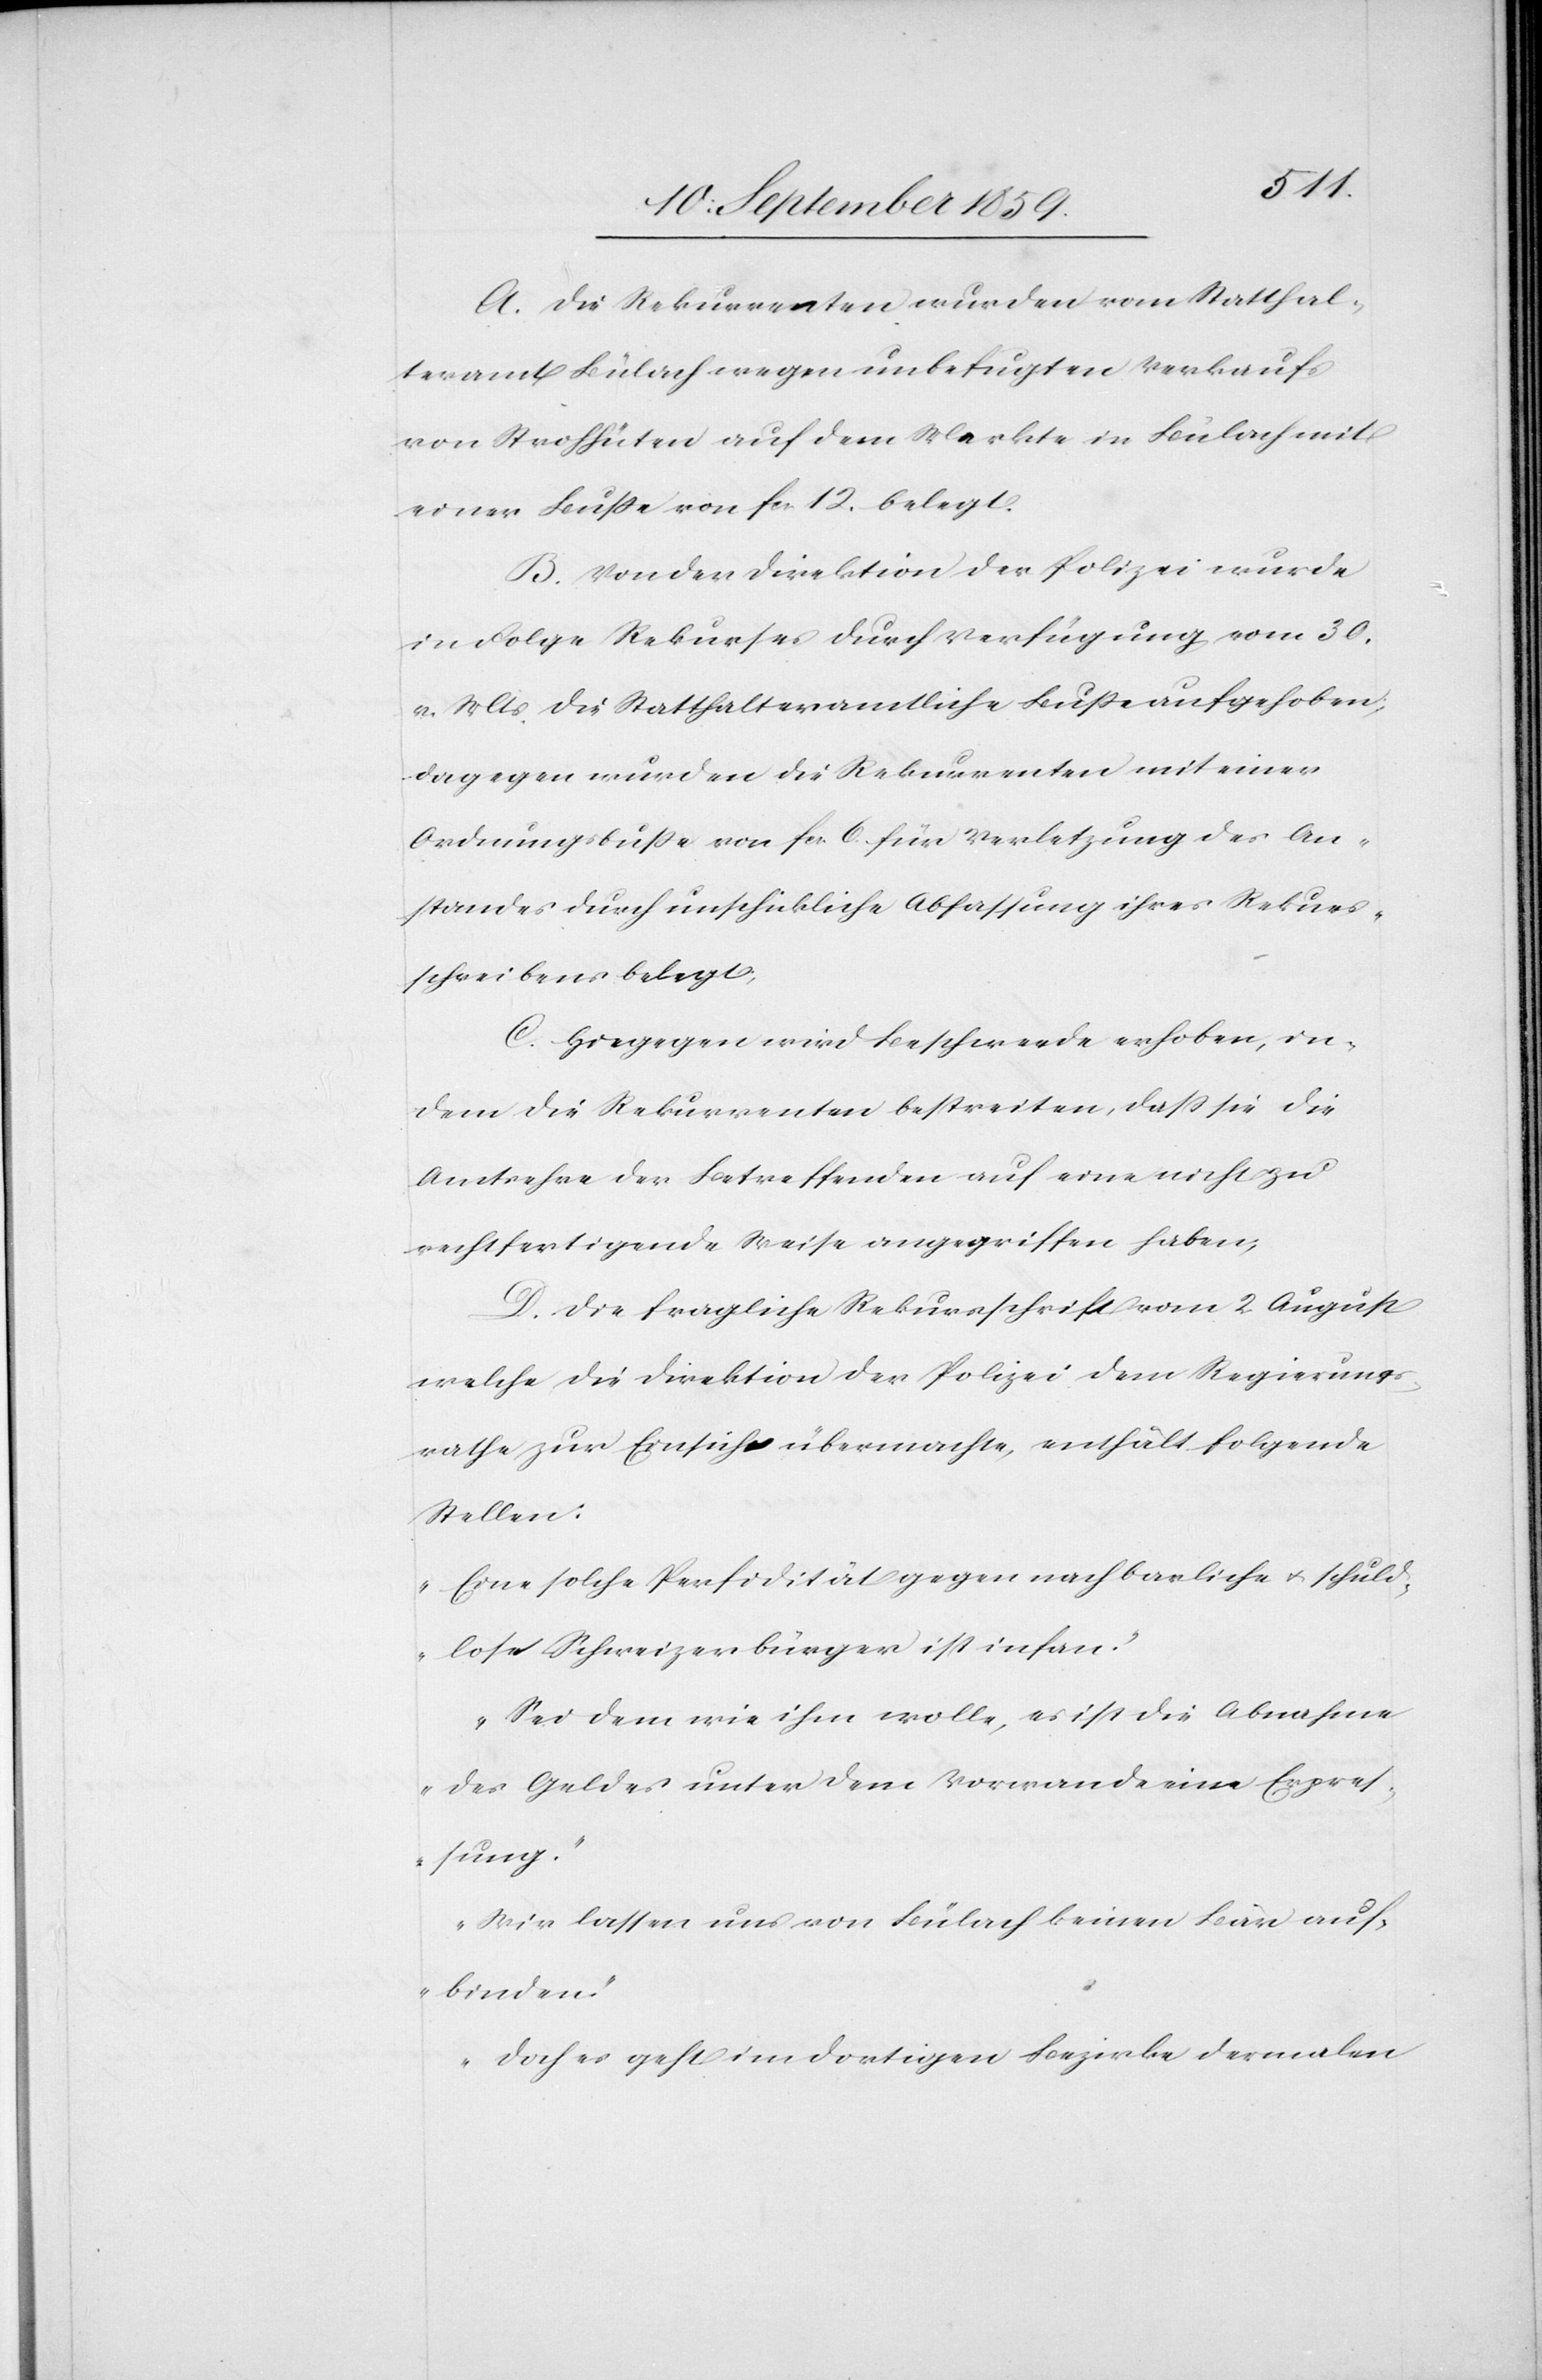
A. Die Rekurrenten wurden vom Statthal¬
teramt Bülach wegen unbefugten Verkaufs
von Strohhüten auf dem Markte in Bülach mit
einer Buße von fcs. 12. belegt.
B. Von der Direktion der Polizei wurde
in Folge Rekurses durch Verfügung vom 30.
v. Mts. die Statthalteramtliche Buße aufgehoben,
dagegen wurden die Rekurrenten mit einer
Ordnungsbuße von fcs. 6. für Verletzung des An¬
standes durch unschikliche Abfassung ihres Rekurs¬
schreibens belegt;
C. Hiegegen wird Beschwerde erhoben, in¬
dem die Rekurrenten bestreiten, daß sie die
Amtsehre der Betreffenden auf eine nicht zu
rechtfertigende Weise angegriffen haben;
D. Die fragliche Rekursschrift vom 2. August
welche die Direktion der Polizei dem Regierungs¬
rathe zur Einsicht übermachte, enthält folgende
Stellen:
„Eine solche Perfidität gegen nachbarliche & schuld¬
lose Schweizerbürger ist infam.“
„Sei dem wie ihm wolle, es ist die Abnahme
des Geldes unter dem Vorwande eine Erpres¬
sung.“
„Wir lassen uns von Bülach einen Bär auf¬
binden“
„Doch es geht im dortigen Bezirke dermalen